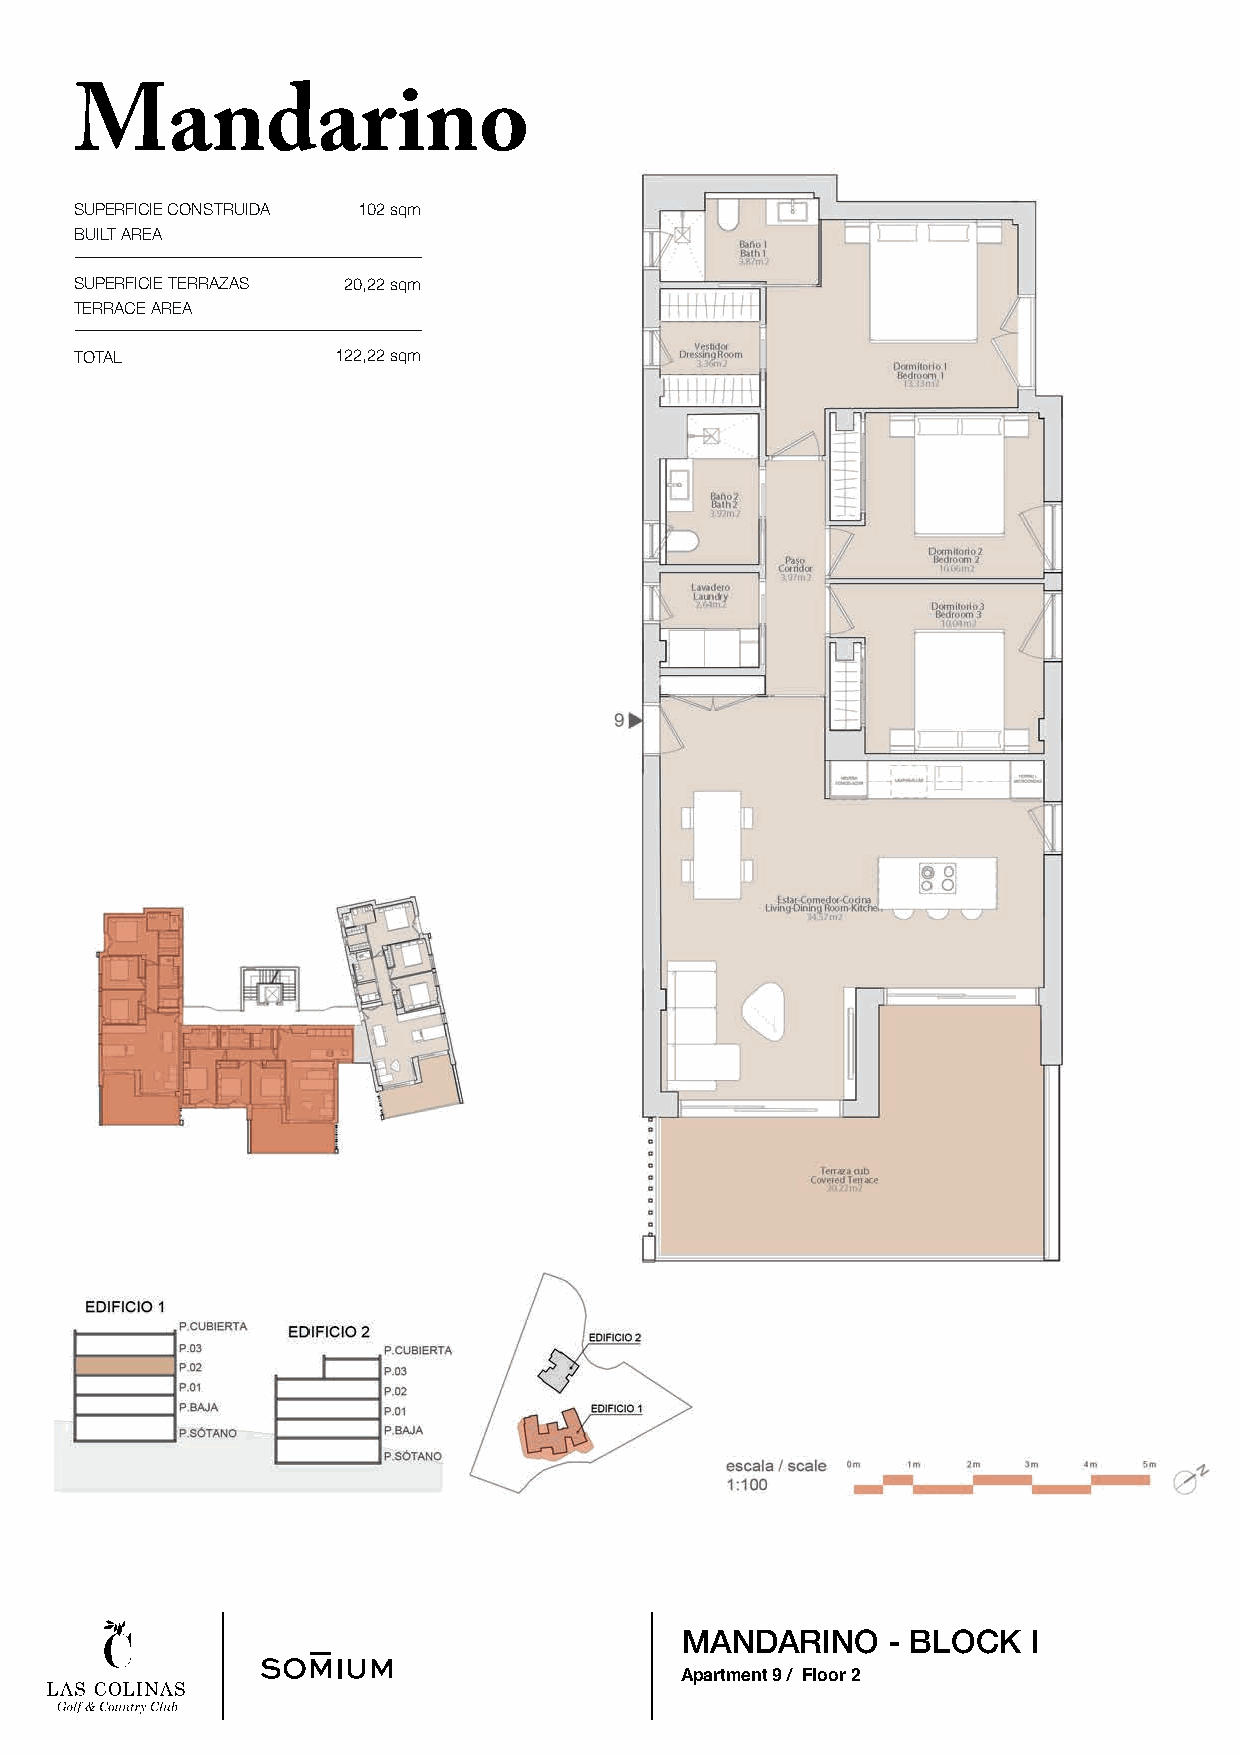
Mandarino
 SUPERFICIE CONSTRUIDA 102 sqm
 BUILT AREA
 SUPERFICIE TERRAZAS 20,22 sqm
 TERRACE AREA
 TOTAL            122,22 sqm
 MANDARINO     - BLOCK  I
 Apartment 9 / Floor 2